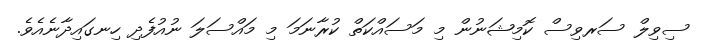
ސިވިލް ސަރވިސް ކޮމިޝަނުން މި މަސައްކަތް ކުރާނަމަ މި މައްސަލަ ނުއުފެދި ހިނގައިދާނެއެވެ.